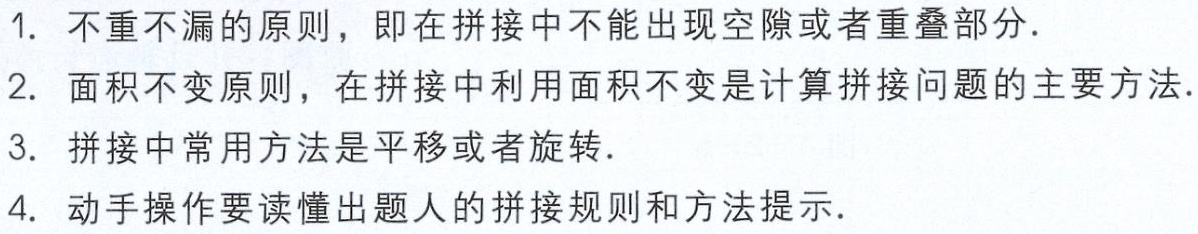
1. 不重不漏的原则，即在拼接中不能出现空隙或者重叠部分.

2. 面积不变原则，在拼接中利用面积不变是计算拼接问题的主要方法.

3. 拼接中常用方法是平移或者旋转.

4. 动手操作要读懂出题人的拼接规则和方法提示.